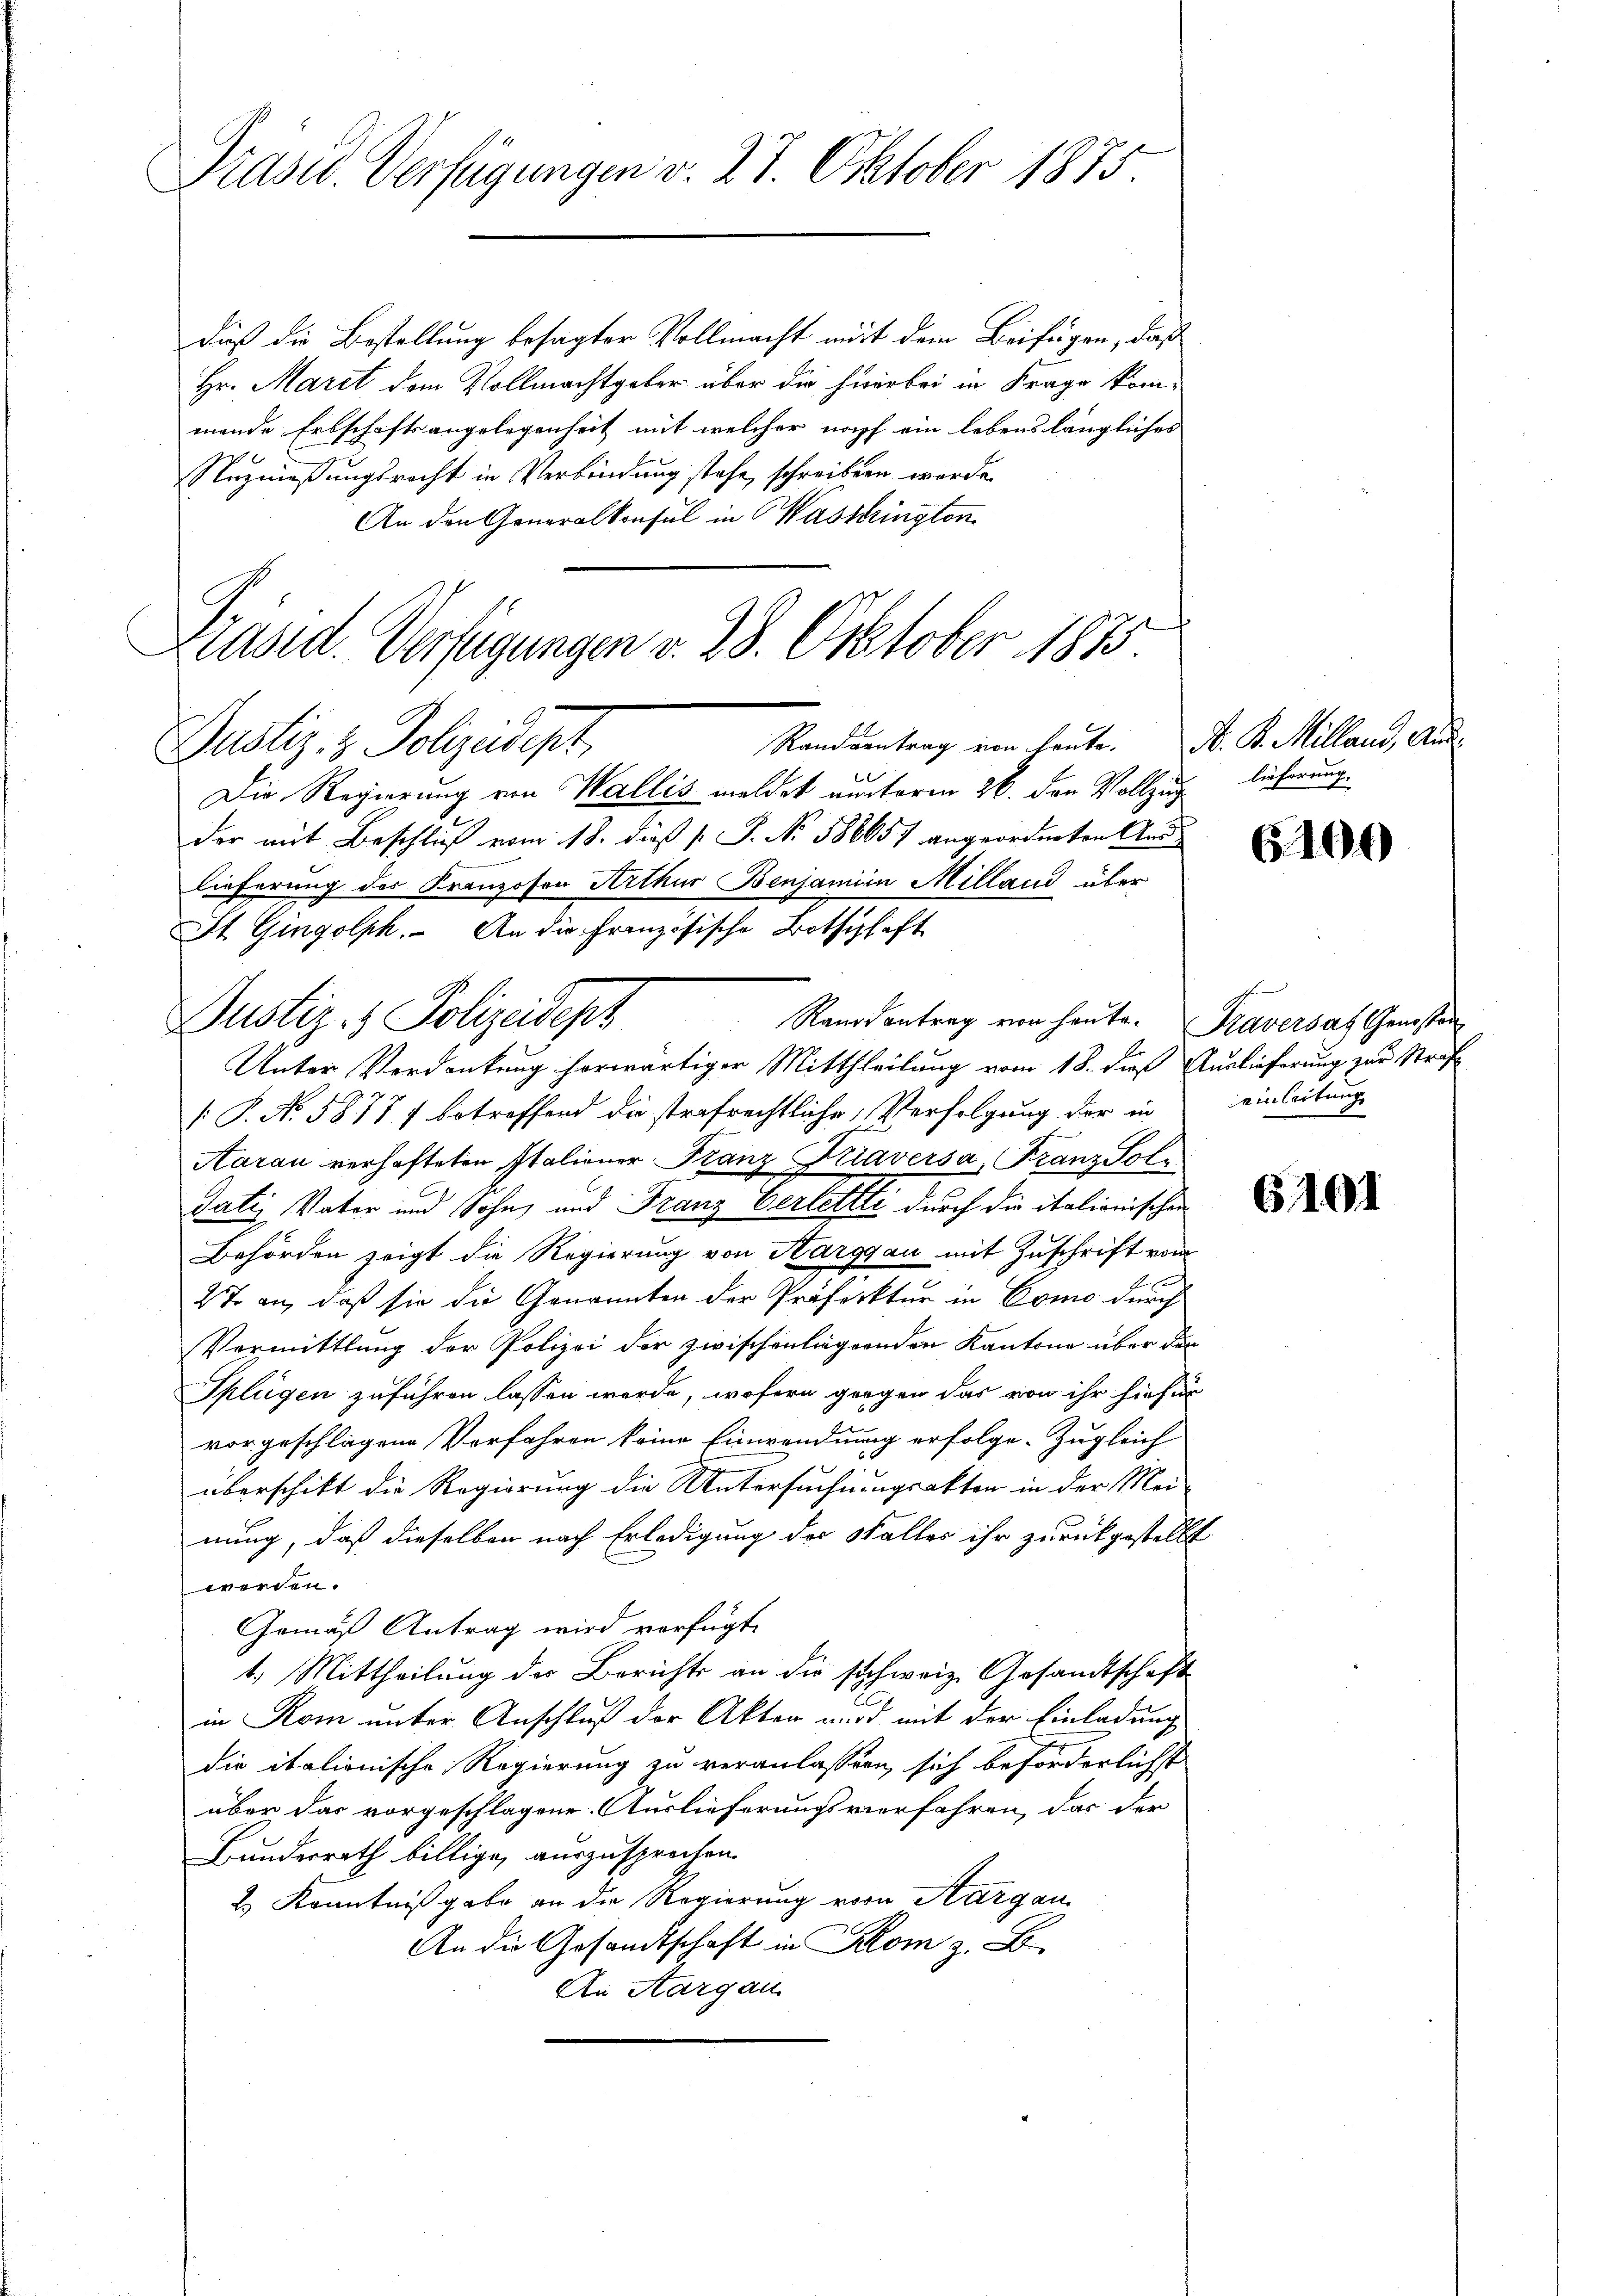
Präsid. Verfügungen v. 27. Oktober 1875.

daß die Bestellung besagter Vollmacht mit dem Beifügen, daß
Hr. Marit dem Vollmachtgeber über die hierbei in Frage kom-
mende Erbschaftsangelegenheit mit welcher nach ein lebenslängliches
Nuzmessungsrecht in Verbindung stehe, schreiben worde
An den Generalkonsul in Wasseringten.
Die Regierung von Wallis meldet unterm 26. den Vollzug lieferung
der mit Beschluß vom 18. dieß [ P. No. 588657 angeordneten Ans
lieferung des Franzosen Arthur Benjamien Milland über
St. Gingolph. An die Französische Botschaft
Justiz- & Polizeidepz
Randsantrag von heute. Fraversat Genossen
Unter Verdankung herwärtiger Mittheilung vom 18. dieß Auslieferung zur Straf
.P. No. 5877, betreffend die strafrechtliche Verfolgung der in
Aarau verhafteten Italiener Franz Friaversa Franz Sol¬
Satis Vater und Sohn, und Franz Verletzte durch die italionischen
Behörden zeigt die Regierung von Harggau mit Zuschrift vom
27 an, daß sie die Genannten der Präfektur in Como durch
Vormittlung der Polizei der zwischenliegenden Kantone über den
Splügen zuführen lassen werde, wofern gegen das von ihr hiefür
vorgeschlagene Vorfahren keine Einwandnung erfolge. Zugleich
überschikt die Regierung die Untersuchungsakten in der Meinung, daß dieselben nach Erledigung der Walles ihr zurückgestellt
werden.
Gemäß Antrag wird verfügt,
1.) Mittheilung des Berichts an die schweiz. Gesandtschaft
in Rom unter Anschluß der Akten und mit der Einladung
die italionische Regierung zu veranlassen, sich beförderlichst
über das vorgeschlagene Auslieferungsverfahren, das der
Bundesrath billige, auszusprochen.
2.) Kenntniß gabe an die Regierung von Aargau
An die Gesandtschaft in Klom z. B.
An Aargau

Präsid. Verfügungen v. 28. Oktober 1873.
Randsantrag von heute. D. P. Milland, Aus¬
Justiz- & Polizeidept,

6100

einleitung

6101